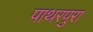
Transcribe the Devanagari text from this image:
पाथरपुरा